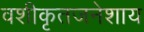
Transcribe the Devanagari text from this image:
वशीकृतजनेशाय